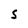
Character: S